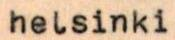
helsinki